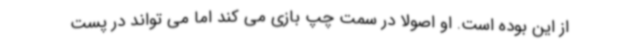
از این بوده است. او اصولا در سمت چپ بازی می کند اما می تواند در پست